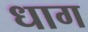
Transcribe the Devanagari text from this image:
धाग